Annual administration report of the Civil Veterinary Department of India - 1895-1896
Year: 1895
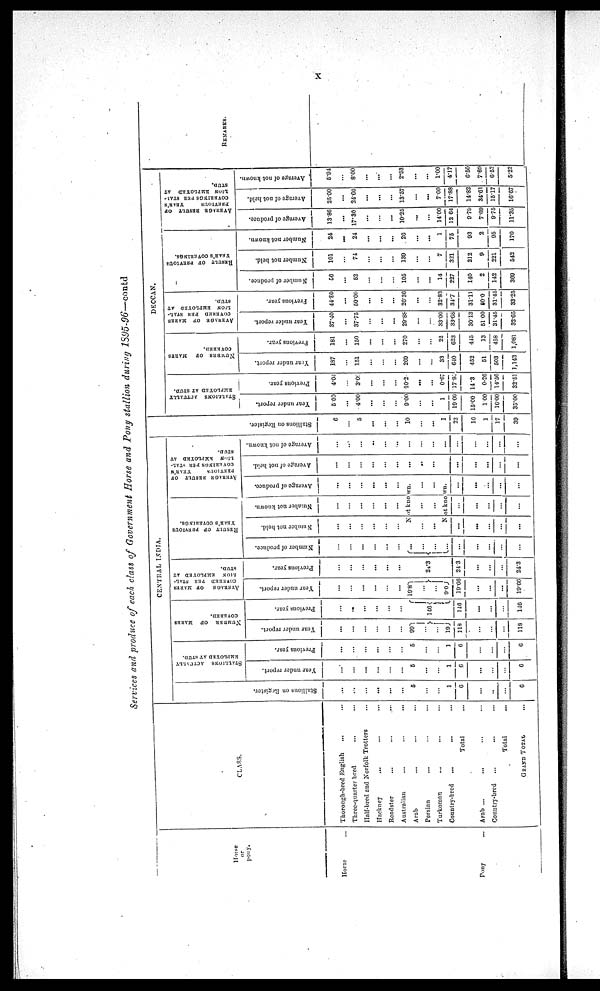
X
Services and produce of each clan of Government Bone and Pony stallion during 1895-96—contd
Horse
or
pony.
Horse ...
Pony ...
CLASS.
Thorough-bred English
...
...
Three-quarter bred ... ...
Half-bred and Norfolk Trotters ...
Hackney
... ... ...
Roadster
...
...
....
Australian ... ... ...
Arab ... ... ...
Persian ... ... ...
Turkoman
...
... ...
Country-bred
...
... ...
Total ...
Arab ... ... ... ...
Country-bred ... ... ...
Total ...
GRAND TOTAL ...
CENTRAL INDIA.
Stallions on Register.
...
...
...
...
...
...
5
...
...
1
6
...
...
...
6
STALLIONS
ACTUALLY
EMPLOYED
AT STUD.
Year under report.
...
...
...
...
...
...
5
...
...
1
6
...
...
...
6
Previous year.
...
...
...
...
...
...
5
...
...
1
6
...
...
...
6
NUMBER
OF
MARES
COVERED.
Year
under report.
...
...
...
...
...
...
99
...
...
19
118
...
...
...
118
Previous year.
...
...
...
...
...
...
146
146
...
...
...
146
AVERAGE
OF MARES
COVERED
PER
STAL-
LION
EMPLOYED
AT
STUD.
Year under report.
...
...
...
...
...
...
19.8
...
...
9.0
19.66
...
...
...
19.66
Previous year.
...
...
...
...
...
...
24.3
24.3
...
...
...
24.3
RESULT
OF
PREVIOUS
YEAR'S
COVERINGS.
Number
of produce.
...
...
...
...
...
...
...
...
...
...
...
...
...
...
...
Number not held.
...
...
...
...
...
...
Number not known.
...
...
...
...
...
...
AVERAGE RESULT OF
PREVIOUS
YEAR'S
COVERINGS PER STAL-
LION
EMPLOYED
AT
STUD.
Average
of produce.
...
...
...
...
...
...
Not known.
...
...
...
...
...
...
Not known.
...
...
...
...
...
...
...
...
...
...
...
...
...
...
...
Average of not held.
...
...
...
...
...
...
...
...
...
...
...
...
...
...
...
Average of not known.
...
...
...
...
...
...
...
...
...
...
...
...
...
...
...
St al l
i
ons on Regi s t
er .
6
...
5
...
...
...
10
...
...
1
22
16
1
17
39
DECCAN.
STALLIONS
ACTUALLY
EMPLOYED AT STUD.
Year under report.
5.00
...
4.00
...
...
...
9.00
...
...
1
19.00
15.00
1.00
16.00
35.00
Previous year.
4.04
...
3.00
...
...
...
10.2
...
...
0.67
17.93
14.3
0.26
14.56
32.51
NUMBER
OF
MAERS
COVERED.
Year
under report.
187
...
151
...
...
...
269
...
...
33
640
452
51
503
1,143
Previous year.
181
...
150
...
...
...
270
...
...
22
623
445
13
458
1,081
AVERAGE
RESULT
OF
PREVIOUS
YEAR'S
COVERINGS PER STAL-
LION
EMPLOYED
AT
STUD.
Year under report.
37.40
...
37.75
...
...
...
29.88
...
...
33.00
33.66
30.13
51.00
31.45
32.65
Previous year.
44.80
...
50.00
...
...
...
26.36
...
...
32.83
34.7
31.11
50.0
31.45
33.25
RESULT OF PREVIOUS
YEAR'S COVERINGS.
Number of produce.
56
...
52
...
...
105
...
...
14
227
140
2
142
369
Number not held.
101
...
74
...
...
...
139
...
...
7
321
212
9
221
542
Number not known.
24
...
24
...
...
...
26
...
...
1
75
93
2
95
170
AVERAGE RESULT OF
PREVIOUS
YEAR'S
COVERINGS PER STAL-
LION
EMPLOYED
AT
STUD.
Average of produce.
13.86
...
17.30
...
...
...
10.25
...
...
14.00
12.64
9.79
7.69
9.75
11.35
Average of not held.
25.00
...
24.66
...
...
...
13.57
...
...
7.00
17.88
14.82
34.61
15.17
16.67
Average of not known.
5. 94
...
8.00
...
...
...
2.53
...
...
1.00
4.17
6.50
7.69
6.52
5.22
REMARKS.